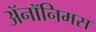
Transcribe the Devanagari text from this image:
ॲनॉनिमस